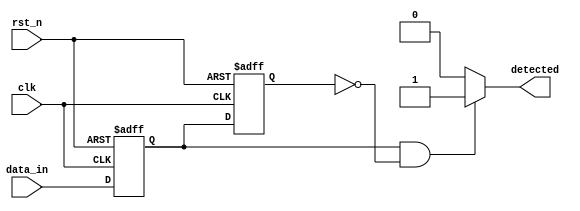
module DualFF_Detector (
    input wire clk,          // Clock signal
    input wire rst_n,       // Active low asynchronous reset
    input wire data_in,     // Primary input signal to be monitored
    output reg detected      // Output signal indicating detection of specific condition
);

// Internal signals for storing states of the flip-flops
reg data_ff1; // Output of first flip-flop
reg data_ff2; // Output of second flip-flop

// Sequential logic for flip-flops
always @(posedge clk or negedge rst_n) begin
    if (!rst_n) begin
        data_ff1 <= 1'b0; // Reset state of FF1
        data_ff2 <= 1'b0; // Reset state of FF2
    end else begin
        data_ff1 <= data_in; // Capture data_in on rising edge of clk
        data_ff2 <= data_ff1; // Capture FF1 output on rising edge of clk
    end
end

// Combinatorial logic for detection
always @(*) begin
    // Example detection logic: rising edge of input signal
    if (data_ff1 && !data_ff2) begin
        detected = 1'b1; // Condition met: rising edge detected
    end else begin
        detected = 1'b0; // Condition not met
    end
end

endmodule